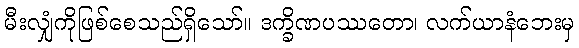
မီးလျှံကိုဖြစ်စေသည်ရှိသော်။ ဒက္ခိဏပဿတော၊ လက်ယာနံဘေးမှ